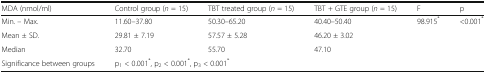
<table><thead><tr><td><b>MDA (nmol/ml)</b></td><td><b>Control group (<i>n</i> = 15)</b></td><td><b>TBT treated group (<i>n</i> = 15)</b></td><td><b>TBT + GTE group (<i>n</i> = 15)</b></td><td><b>F</b></td><td><b>p</b></td></tr></thead><tbody><tr><td>Min. – Max.</td><td>11.60–37.80</td><td>50.30–65.20</td><td>40.40–50.40</td><td rowspan="3">98.915<sup>*</sup></td><td rowspan="3">&lt;0.001<sup>*</sup></td></tr><tr><td>Mean ± SD.</td><td>29.81 ± 7.19</td><td>57.57 ± 5.28</td><td>46.20 ± 3.02</td></tr><tr><td>Median</td><td>32.70</td><td>55.70</td><td>47.10</td></tr><tr><td>Significance between groups</td><td colspan="3">p<sub>1</sub> &lt; 0.001<sup>*</sup>, p<sub>2</sub> &lt; 0.001<sup>*</sup>, p<sub>3</sub> &lt; 0.001<sup>*</sup></td><td></td><td></td></tr></tbody></table>